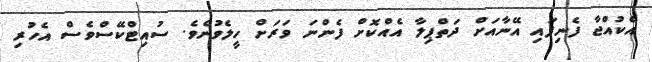
އެކުއްޖާ ފެނިފައި އޭނާއަށް ދަތްޕިލާ އެއްކޮށް ފެންނަ ވަރަށް ހީލެވުނެވެ. ސުއިޓްކޭސްވެސް އެހުރި